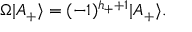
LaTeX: \Omega | A _ { + } \rangle = ( - 1 ) ^ { h _ { + } + 1 } | A _ { + } \rangle .